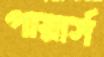
পায়ার্স